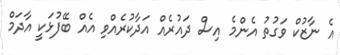
އެ ނާޒުކް ވަގުތު އެންމެ އިސް ދައުރެއް އަދާކުރެއްވި އެއް ބޭފުޅަކީ އާދަމް